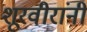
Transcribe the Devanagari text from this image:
शूरवीरांनी